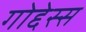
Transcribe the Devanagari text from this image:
गोद्देस्स